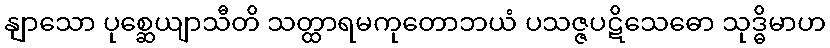
နျာသော ပုစ္ဆေယျာသီတိ သတ္ထာရမကုတောဘယံ ပသဇ္ဇပဋိသေဓော သုဒ္ဓိမာဟ